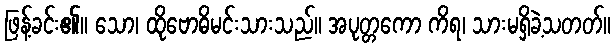
ဖြန့်ခင်း၏။ သော၊ ထိုဗောဓိမင်းသားသည်။ အပုတ္တကော ကိရ၊ သားမရှိခဲ့သတတ်။